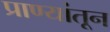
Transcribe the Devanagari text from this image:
प्राण्यांतून